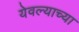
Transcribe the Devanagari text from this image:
येवल्याच्या